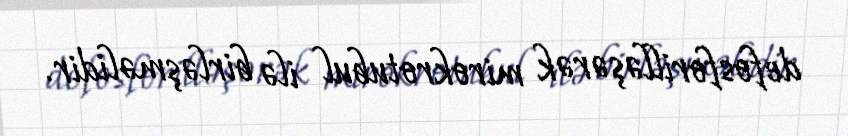
defosforilləşərək mirokrotubul ilə birləşməlidir.